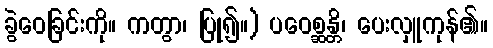
ခွဲဝေခြင်းကို။ ကတွာ၊ ပြု၍။) ပဝေစ္ဆန္တိ၊ ပေးလှူကုန်၏။